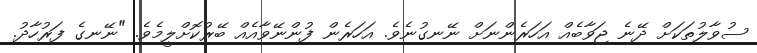
ސުވާލުތަކަށް ދޭނެ ޖަވާބެއް އަހަރެންނަށް ނޭނގުނެވެ. އަހަރެން ފުންނޭވާއެއް ބޭރުކޮށްލީމެވެ. "ނޭނގެ ފަރުހާދު.